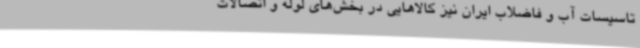
تاسیسات آب و فاضلاب ایران نیز کالاهایی در بخش‌های لوله و اتصالات